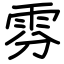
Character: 雰